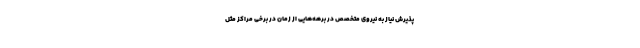
پذیرش نیاز به نیروی متخصص در برهه‌هایی از زمان در برخی مراکز مثل